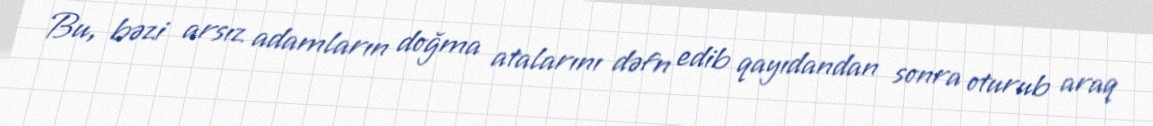
Bu, bəzi arsız adamların doğma atalarını dəfn edib qayıdandan sonra oturub araq